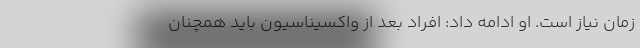
زمان نیاز است. او ادامه داد: افراد بعد از واکسیناسیون باید همچنان